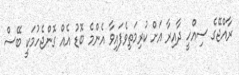
ރާއްޖޭގެ ސިއްހީ ދާއިރާ އަށް ކުރިމަތިވެފައިވާ އެންމެ ބޮޑު އެއް ގޮންޖެހުމަކީ ބޭސް